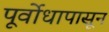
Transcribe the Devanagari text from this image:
पूर्वोधापासून